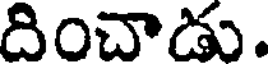
దించాడు.